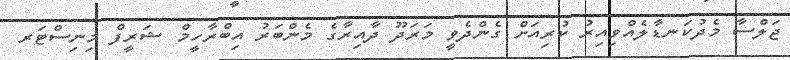
ޖަލްސާ މެދުކަނޑާލެއްވިއިރު ކުރިއަށް ގެންދެވީ މަރަދޫ ދާއިރާގެ މެންބަރު އިބްރާހީމް ޝަރީފް މިނިސްޓަރ